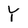
Character: Y